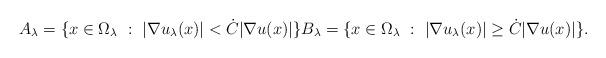
LaTeX: \begin{align*}A_\lambda = \{ x \in \Omega_\lambda \ : \ | \nabla u_\lambda (x)| < \dot C| \nabla u (x)| \}B_\lambda = \{ x \in \Omega_\lambda \ : \ | \nabla u_\lambda (x)| \geq \dot C| \nabla u (x)|\}.\end{align*}